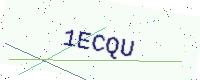
Text: 1ECQU